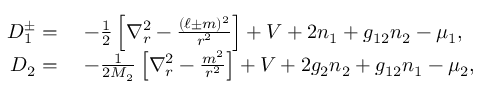
\begin{array} { r l } { D _ { 1 } ^ { \pm } = } & { \ - \frac { 1 } { 2 } \left[ \nabla _ { r } ^ { 2 } - \frac { ( \ell \pm m ) ^ { 2 } } { r ^ { 2 } } \right] + V + 2 n _ { 1 } + g _ { 1 2 } n _ { 2 } - \mu _ { 1 } , } \\ { D _ { 2 } = } & { \ - \frac { 1 } { 2 M _ { 2 } } \left[ \nabla _ { r } ^ { 2 } - \frac { m ^ { 2 } } { r ^ { 2 } } \right] + V + 2 g _ { 2 } n _ { 2 } + g _ { 1 2 } n _ { 1 } - \mu _ { 2 } , } \end{array}